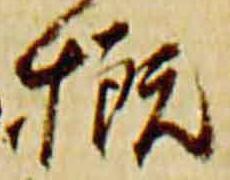
概